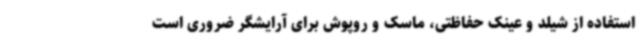
استفاده از شیلد و عینک حفاظتی، ماسک و روپوش برای آرایشگر ضروری است